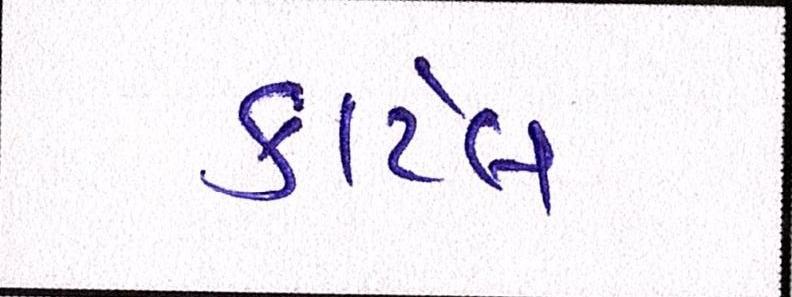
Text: કાર્ટેલ